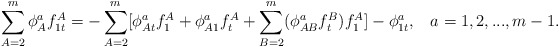
\begin{align*}\sum\limits_{A=2}^m\phi _A^af_{1t}^A=-\sum\limits_{A=2}^m[\phi_{At}^af_1^A+\phi _{A1}^af_t^A+\sum\limits_{B=2}^m(\phi_{AB}^af_t^B)f_1^A]-\phi _{1t}^a,\;\;\;a=1,2,...,m-1.\end{align*}